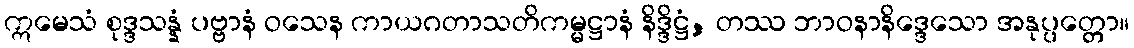
ဣမေသံ စုဒ္ဒသန္နံ ပဗ္ဗာနံ ဝသေန ကာယဂတာသတိကမ္မဋ္ဌာနံ နိဒ္ဒိဋ္ဌံ, တဿ ဘာဝနာနိဒ္ဒေသော အနုပ္ပတ္တော။